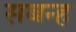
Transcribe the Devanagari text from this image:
सबन्ह